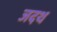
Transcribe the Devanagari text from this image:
जदथ